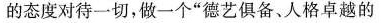
的态度对待一切，做一个”德艺俱备、人格卓越的